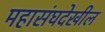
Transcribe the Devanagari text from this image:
महासंघदेखील